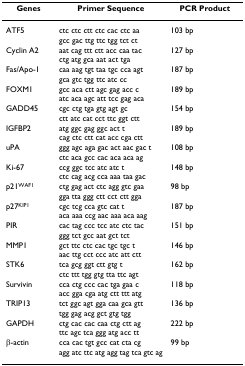
<table><thead><tr><td><b>Genes</b></td><td><b>Primer Sequence</b></td><td><b>PCR Product</b></td></tr></thead><tbody><tr><td>ATF5</td><td>ctc ctc ctt ctc cac ctc aagcc gac ttg ttc tgg tct ct</td><td>103 bp</td></tr><tr><td>Cyclin A2</td><td>aat cag ttt ctt acc caa tacctg atg gca aat act tga</td><td>127 bp</td></tr><tr><td>Fas/Apo-1</td><td>caa aag tgt taa tgc cca agtgca gtc tgg ttc atc cc</td><td>187 bp</td></tr><tr><td>FOXM1</td><td>gcc aca ctt agc gag acc catc aca agc att tcc gag aca</td><td>189 bp</td></tr><tr><td>GADD45</td><td>cgc ctg tga gtg agt gcctt atc cat cct ttc ggt ctt</td><td>154 bp</td></tr><tr><td>IGFBP2</td><td>atg ggc gag ggc act tcag ctc ctt cat acc cga ctt</td><td>189 bp</td></tr><tr><td>uPA</td><td>ggg agc aga gac act aac gac tctc aca gcc cac aca aca ag</td><td>108 bp</td></tr><tr><td>Ki-67</td><td>ccg ggc tcc atc atc tctc cag acg cca aaa taa gac</td><td>148 bp</td></tr><tr><td>p21<sup>WAF1</sup></td><td>ctg gag act ctc agg gtc gaagga tta ggg ctt cct ctt gga</td><td>98 bp</td></tr><tr><td>p27<sup>KIP1</sup></td><td>cgc tcg cca gtc cat taca aaa ccg aac aaa aca aag</td><td>187 bp</td></tr><tr><td>PIR</td><td>cac tag ccc tcc atc ctc tacggg tct gcc aat gct tct</td><td>151 bp</td></tr><tr><td>MMP1</td><td>gct ttc ctc cac tgc tgc taac ttg cct ccc atc att ctt</td><td>146 bp</td></tr><tr><td>STK6</td><td>tca gcg ggt ctt gtg tctc ttt tgg gtg tta ttc agt</td><td>162 bp</td></tr><tr><td>Survivin</td><td>cca ctg ccc cac tga gaa cacc gga cga atg ctt ttt atg</td><td>118 bp</td></tr><tr><td>TRIP13</td><td>tct ggc agt gga caa gca gtttgg gag acg gct gtg tgg</td><td>136 bp</td></tr><tr><td>GAPDH</td><td>ctg cac cac caa ctg ctt agttc agc tca ggg atg acc tt</td><td>222 bp</td></tr><tr><td>β-actin</td><td>cca cac tgt gcc cat cta cgagg atc ttc atg agg tag tca gtc ag</td><td>99 bp</td></tr></tbody></table>